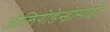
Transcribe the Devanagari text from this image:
ओलिगोडेन्ड्रोसाईट